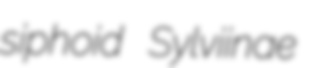
siphoid Sylviinae